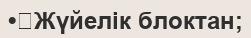
•	Жүйелік блоктан;